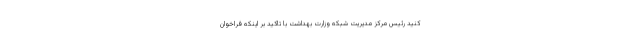
کنید رئیس مرکز مدیریت شبکه وزارت بهداشت با تاکید بر اینکه فراخوان